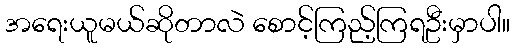
အရေးယူမယ်ဆိုတာလဲ စောင့်ကြည့်ကြရဦးမှာပါ။